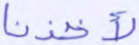
لأخذنا